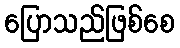
ပြောသည်ဖြစ်စေ